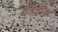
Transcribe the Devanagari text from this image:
गैंगटॉक